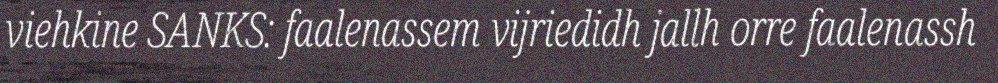
viehkine SANKS: faalenassem vijriedidh jallh orre faalenassh